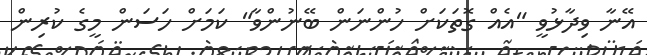
އޭނާ ވިދާޅުވީ "އެއް ގޮތަކަށް ހުންނަން ބޭނުންވާ" ކަމަށް ހަސަން މީގެ ކުރިން